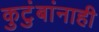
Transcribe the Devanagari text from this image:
कुटुंबांनाही